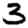
Digit: 3